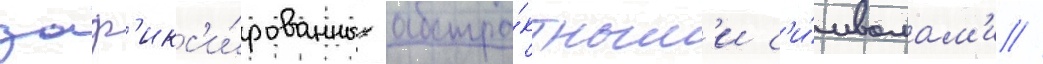
заф'икс'и́рованных абстра́ктным'и с'и́мволам'и //